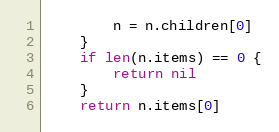
Language: Go
		n = n.children[0]
	}
	if len(n.items) == 0 {
		return nil
	}
	return n.items[0]